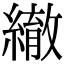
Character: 𦅄